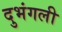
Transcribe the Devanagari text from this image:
दुभंगली